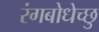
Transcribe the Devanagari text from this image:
रंगबोधेच्छु